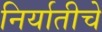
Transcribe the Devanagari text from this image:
निर्यातीचे